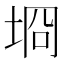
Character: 埛